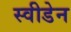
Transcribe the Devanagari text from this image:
स्‍वीडेन